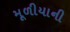
મૂળીયાની